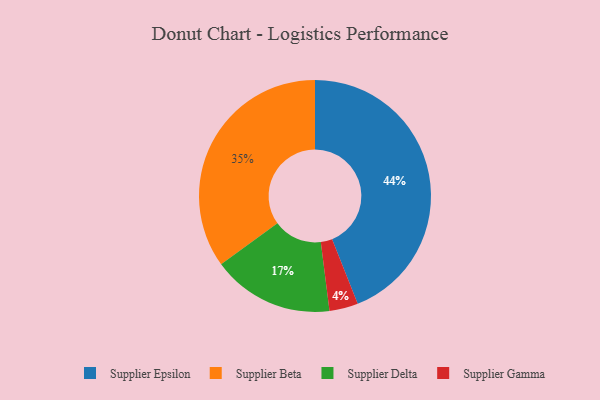
{"axis": {"x": "Category", "y": "Percentage"}, "legend": ["Supplier Beta", "Supplier Delta", "Supplier Epsilon", "Supplier Gamma"], "data": [{"x": "Supplier Gamma", "y": 4, "type": "Supplier Gamma"}, {"x": "Supplier Beta", "y": 35, "type": "Supplier Beta"}, {"x": "Supplier Delta", "y": 17, "type": "Supplier Delta"}, {"x": "Supplier Epsilon", "y": 44, "type": "Supplier Epsilon"}]}